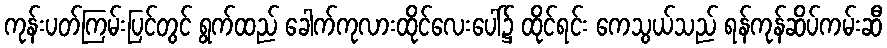
ကုန်းပတ်ကြမ်းပြင်တွင် ရွက်ထည် ခေါက်ကုလားထိုင်လေးပေါ်၌ ထိုင်ရင်း ကေသွယ်သည် ရန်ကုန်ဆိပ်ကမ်းဆီ